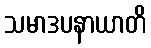
သမာဒပနာယာတိ